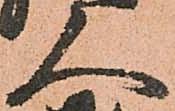
人